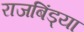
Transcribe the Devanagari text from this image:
राजबिंड्या